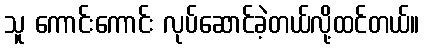
သူ ကောင်းကောင်း လုပ်ဆောင်ခဲ့တယ်လို့ထင်တယ်။